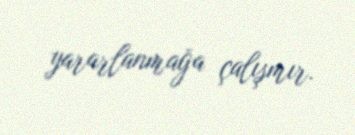
yararlanmağa çalışmır.